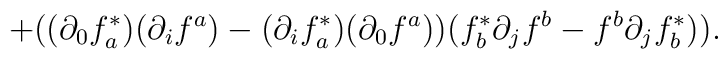
+((\partial_0 f^{*}_a ) (\partial_i f^a ) -(\partial_i f^{*}_a )(\partial_0 f^a )) (f^{*}_b \partial_j f^b - f^b \partial_j f^{*}_b )).